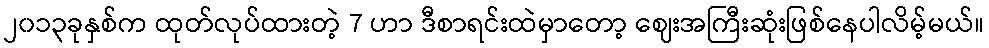
၂၀၁၃ခုနှစ်က ထုတ်လုပ်ထားတဲ့ 7 ဟာ ဒီစာရင်းထဲမှာတော့ ဈေးအကြီးဆုံးဖြစ်နေပါလိမ့်မယ်။